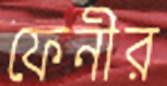
ফেনীর